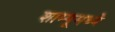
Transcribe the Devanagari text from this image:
शाम्पूमध्ये